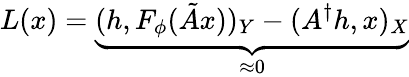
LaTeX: L(x)=\underbrace{(h,F_{\phi}(\tilde{A}x))_{Y}-(A^{\dagger}h,x)_{X}}_{\approx 0}